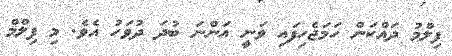
ފިލްމު ދައްކަން ހަމަޖެހިފައި ވަނީ އަންނަ ބުދަ ދުވަހު އެވެ. މި ފިލްމް